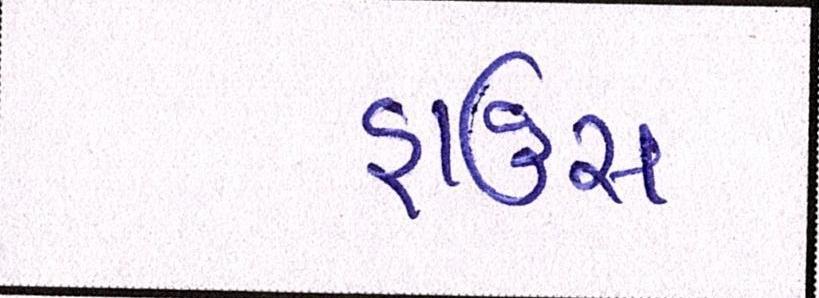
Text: હાઉસ